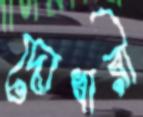
দোধারী